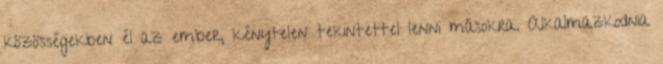
közösségekben él az ember, kénytelen tekintettel lenni másokra. Alkalmazkodnia